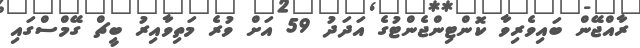
ރާއްޖޭން ބައިވެރިވާ ކޮންޓިންޖެންޓުގެ އަދަދު 59 އަށް ވުރެ މަތިވާއިރު ބީޗް ގޭމްސްގައި